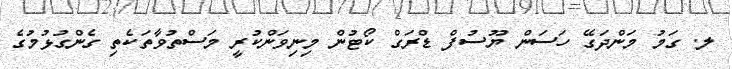
ލ. ގަމު މަންދަގޭ ހަސަން ޔޫސުފް ޑްރަގް ކޯޓުން މިނިވަންކުރީ މަސްތުވާތަކެތި ގެންގުޅުމުގެ